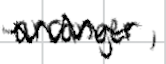
Text: arranger,
Cross-out: zig-zag
Writing tool: digital_black